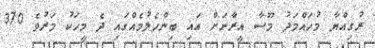
ރުގިއްޔާ މުހައްމަދު މޫސާ އީރާނަށް އައި ބިންހެލުމެއްގައި ދެ މީހަކު މަރުވެ 370